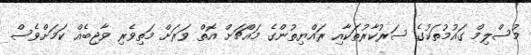
މުސްލިމް ގައުމުތަކުގެ ސަރުކާރުތަކާއި ރައްޔިތުންގެ މައްޗަށް އޮތް ވަރަށް މަތިވެރި ވާޖިބެއް ކަަމަށްވެސް